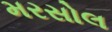
મરસોલ